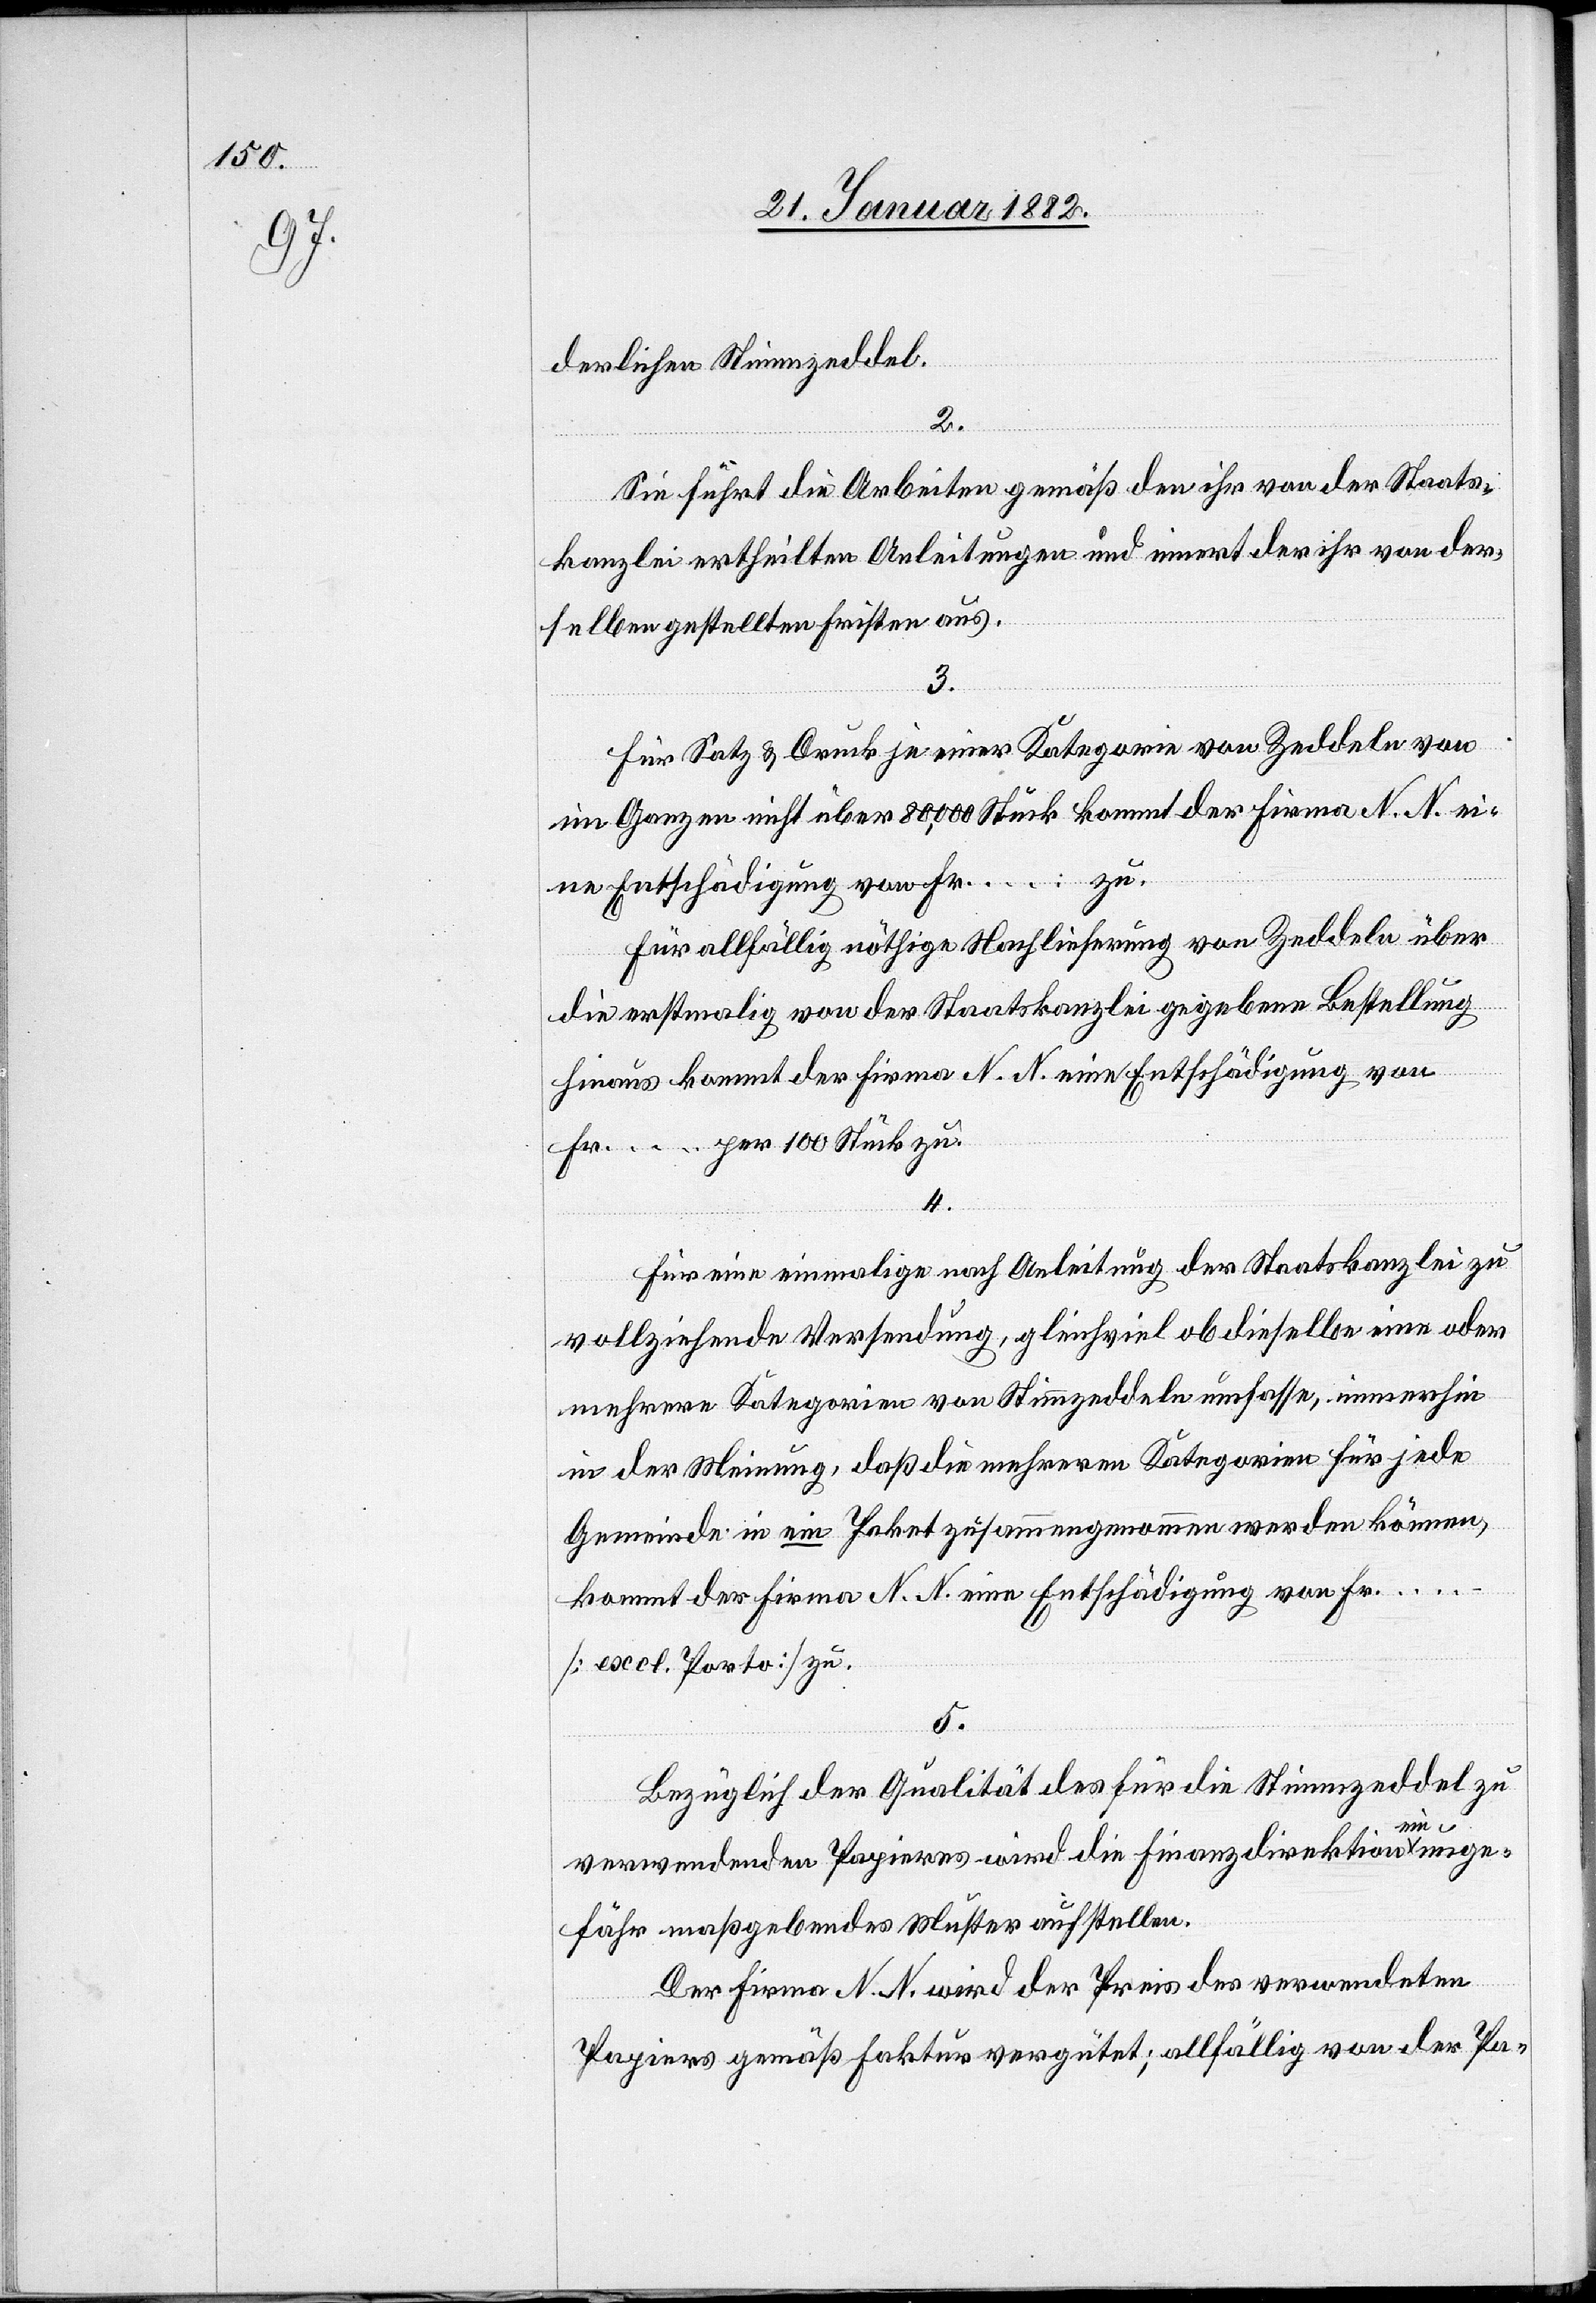
derlichen Stimmzeddel.
2.
Sie führt die Arbeiten gemäß den ihr von der Staats¬
kanzlei ertheilten Anleitungen und innert der ihr von der¬
selben gestellten Fristen aus.
3.
Für Satz & Druck je einer Kategorie von Zeddel von
im Ganzen nicht über 80 000 Stück kommt der Firma N. N. ei¬
ne Entschädigung von Fr. … zu.
Für allfällig nöthige Nachlieferung von Zeddel über
die erstmalig von der Staatskanzlei gegebene Bestellung
hinaus kommt der Firma N. N. eine Entschädigung von
Fr. … per 100 Stück zu.
4.
Für eine einmalige nach Anleitung der Staatskanzlei zu
vollziehende Versendung, gleichviel ob dieselbe eine oder
mehrere Kategorien von Stimmzeddel umfasse, immerhin
in der Meinung, daß die mehreren Kategorien für jede
Gemeinde in ein Paket zusammengenommen werden können,
kommt der Firma N. N. eine Entschädigung von Fr.
… [excl. Porto] zu.
5.
Bezüglich der Qualität des für die Stimmzeddel zu
verwendenden Papieres wird die Finanzdirektion ein unge¬
fähr maßgebendes Muster ausstellen.
Der Firma N. N. wir der Preis des verwendeten
Papiers gemäß Faktur vergütet; allfällig von der Pa-